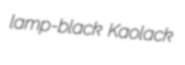
lamp-black Kaolack